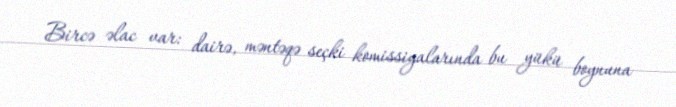
Bircə əlac var: dairə, məntəqə seçki komissiyalarında bu yükü boynuna